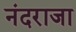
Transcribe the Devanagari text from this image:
नंदराजा